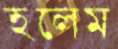
হলেম